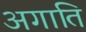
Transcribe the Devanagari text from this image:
अगाति